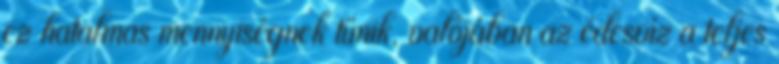
ez hatalmas mennyiségnek tűnik, valójában az édesvíz a teljes